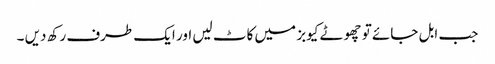
جب ابل جائے تو چھوٹے کیوبز میں کاٹ لیں اور ایک طرف رکھ دیں ۔